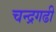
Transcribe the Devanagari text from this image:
चन्द्रगढी